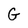
Character: G